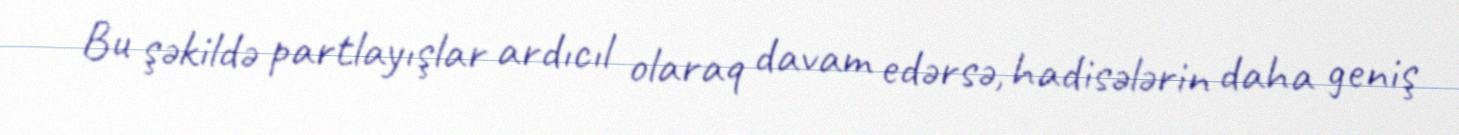
Bu şəkildə partlayışlar ardıcıl olaraq davam edərsə, hadisələrin daha geniş